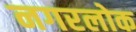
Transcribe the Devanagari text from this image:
नगरलोक